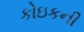
કોઇકની